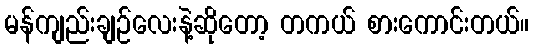
မန်ကျည်းချဉ်လေးနဲ့ဆိုတော့ တကယ် စားကောင်းတယ်။